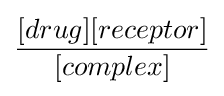
{\frac {[drug][receptor]}{[complex]}}